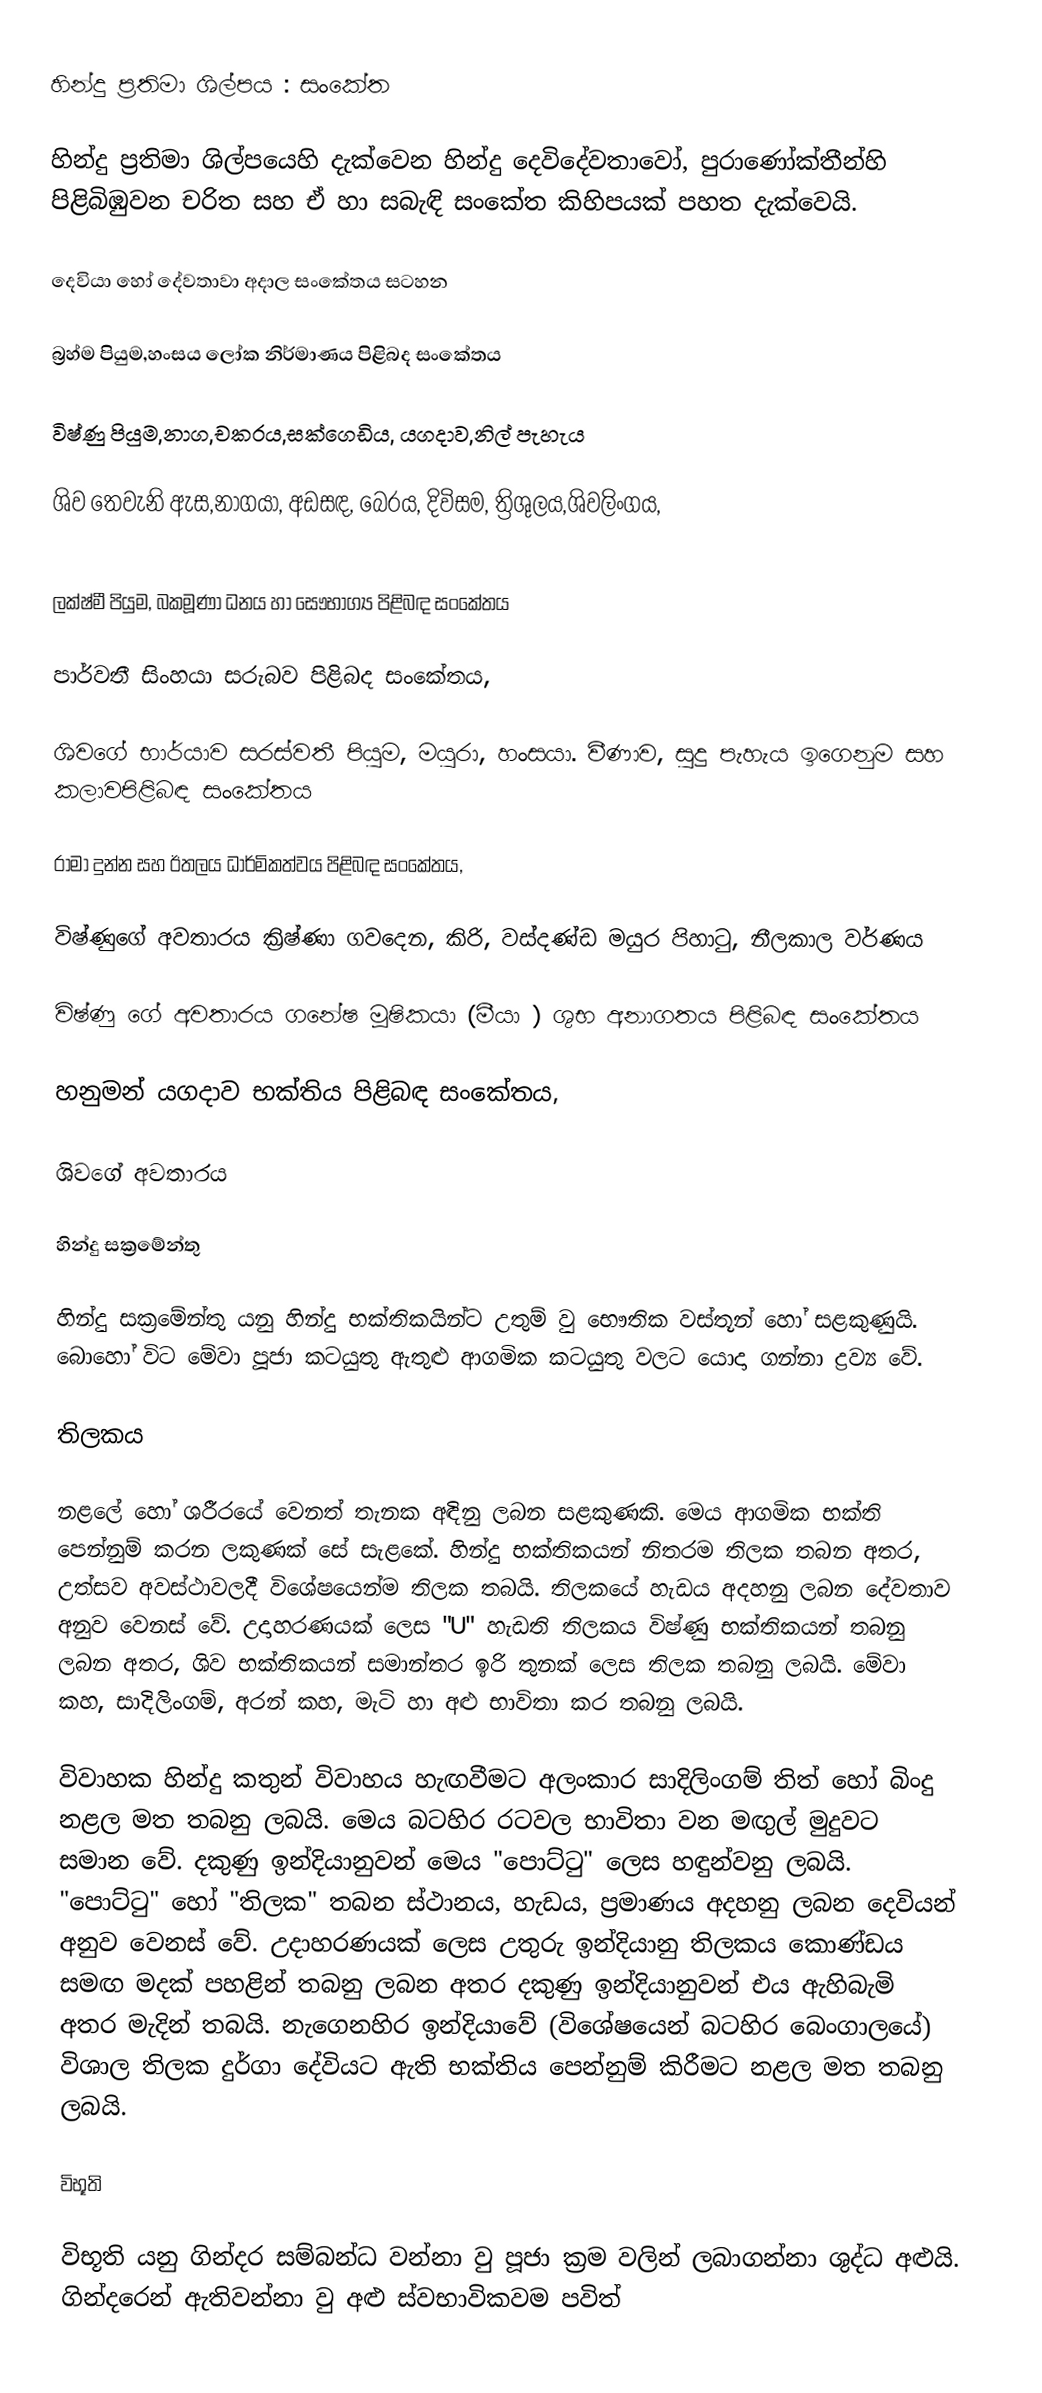
හින්දු ප්‍රතිමා ශිල්පය : සංකේත

හින්දු ප්‍රතිමා ශිල්පයෙහි දැක්වෙන හින්දු දෙවිදේවතාවෝ, පුරාණෝක්තීන්හි පිළිබිඹුවන චරිත සහ ඒ හා සබැඳි සංකේත කිහිපයක් පහත දැක්වෙයි.

දෙවියා හෝ දේවතාවා 		අදාල සංකේතය			    සටහන

බ්‍රහ්ම                        පියුම,හංසය                                               ලෝක නිර්මාණය පිළිබද සංකේතය

විෂ්ණු		        පියුම,නාග,චක‍්‍රය,සක්ගෙඩිය, යගදාව,නිල් පැහැය

ශිව                         තෙවැනි ඇස,නාගයා, අඩසඳ, බෙරය, දිවිසම, ත්‍රිශුලය,ශිවලිංගය,

ලක්ෂ්මී                      පියුම, බකමූණා                                             ධනය හා සෞභාග්‍ය පිළිබඳ සංකේතය

පාර්වතී	                සිංහයා                                                    සරුබව පිළිබද සංකේතය,

ශිවගේ භාර්යාව සරස්වතී	පියුම, මයුරා, හංසයා. වීණාව,                          සුදු පැහැය	ඉගෙනුම සහ කලාවපිළිබඳ සංකේතය

රාමා                       දුන්න සහ ඊතලය	                                  ධාර්මිකත්වය පිළිබඳ සංකේතය,

විෂ්ණුගේ අවතාරය ක්‍රිෂ්ණා     ගවදෙන, කිරි, වස්දණ්ඩ මයුර පිහාටු, නීලකාල වර්ණය

විෂ්ණු ගේ අවතාරය ගනේෂ    මූෂිකයා (මීයා )				          ශුභ අනාගතය පිළිබඳ සංකේතය

හනුමන්			යගදාව                                                    භක්තිය පිළිබඳ සංකේතය,

ශිවගේ අවතාරය

හින්දු සක්‍රමේන්තු

හින්දු සක්‍රමේන්තු යනු හින්දු භක්තිකයින්ට උතුම් වු භෞතික වස්තූන් හෝ සළකුණුයි. බොහෝ විට මේවා පූජා කටයුතු ඇතුළු ආගමික කටයුතු වලට යොදා ගන්නා ද්‍රව්‍ය වේ.

තිලකය

නළලේ හෝ ශරීරයේ වෙනත් තැනක අඳිනු ලබන සළකුණකි. මෙය ආගමික භක්ති පෙන්නුම් කරන ලකුණක් සේ සැළකේ. හින්දු භක්තිකයන් නිතරම තිලක තබන අතර, උත්සව අවස්ථාවලදී විශේෂයෙන්ම තිලක තබයි. තිලකයේ හැඩය අදහනු ලබන දේවතාව අනුව වෙනස් වේ. උදාහරණයක් ලෙස "U" හැඩති තිලකය විෂ්ණු භක්තිකයන් තබනු ලබන අතර, ශිව භක්තිකයන් සමාන්තර ඉරි තුනක් ලෙස තිලක තබනු ලබයි. මේවා කහ, සාදිලිංගම්, අරන් කහ, මැටි හා අළු භාවිතා කර තබනු ලබයි.

විවාහක හින්දු කතුන් විවාහය හැඟවීමට අලංකාර සාදිලිංගම් තිත් හෝ බිංදු නළල මත තබනු ලබයි. මෙය බටහිර රටවල භාවිතා වන මඟුල් මුදුවට සමාන වේ. දකුණු ඉන්දියානුවන් මෙය "පොට්ටු" ලෙස හඳුන්වනු ලබයි. "පොට්ටු" හෝ "තිලක" තබන ස්ථානය, හැඩය, ප්‍රමාණය අදහනු ලබන දෙවියන් අනුව වෙනස් වේ. උදාහරණයක් ලෙස උතුරු ඉන්දියානු තිලකය කොණ්ඩය සමඟ මදක් පහළින් තබනු ලබන අතර දකුණු ඉන්දියානුවන් එය ඇහිබැමි අතර මැදින් තබයි. නැගෙනහිර ඉන්දියාවේ (වි‍ශේෂයෙන් බටහිර බෙංගාලයේ) විශාල තිලක දුර්ගා දේවියට ඇති භක්තිය පෙන්නුම් කිරීමට නළල මත තබනු ලබයි.

විභූති

විභූති යනු ගින්දර සම්බන්ධ වන්නා වු පූජා ක්‍රම වලින් ලබාගන්නා ශුද්ධ අළුයි. ගින්දරෙන් ඇතිවන්නා වු අළු ස්වභාවිකවම පවිත්